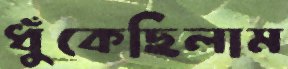
ধুঁকেছিলাম